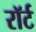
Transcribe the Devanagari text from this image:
रॉर्ट